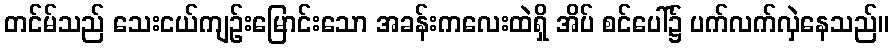
တင်မ်သည် သေးငယ်ကျဉ်းမြောင်းသော အခန်းကလေးထဲရှိ အိပ် စင်ပေါ်၌ ပက်လက်လှဲနေသည်။